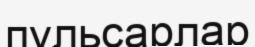
пульсарлар